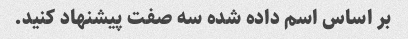
بر اساس اسم داده شده سه صفت پیشنهاد کنید.